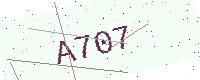
Text: A707